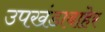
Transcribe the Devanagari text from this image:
उपखंडाबाहेर